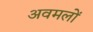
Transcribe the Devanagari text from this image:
अवमलों